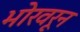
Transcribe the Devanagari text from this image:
भोरवरून